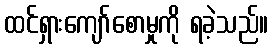
ထင်ရှားကျော်စောမှုကို ရခဲ့သည်။